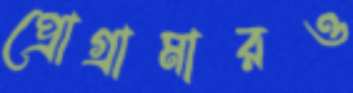
প্রোগ্রামারও